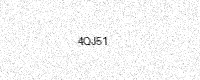
Text: 4QJ51